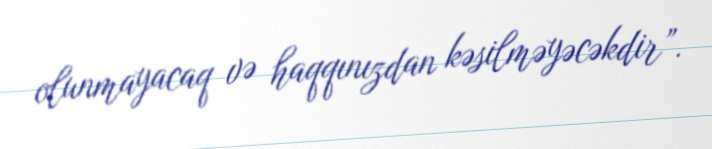
olunmayacaq və haqqınızdan kəsilməyəcəkdir”.